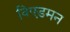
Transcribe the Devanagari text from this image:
विएडमन